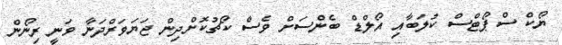
ޔޯކް ސްޕޯޓްސް ކުލަބާއި އޯލްޑް ބެންސަށް ވެސް ކޯޗުކޮށްދިން ޖަޔަވަރްދަނާ ވަނީ ރިނޯން